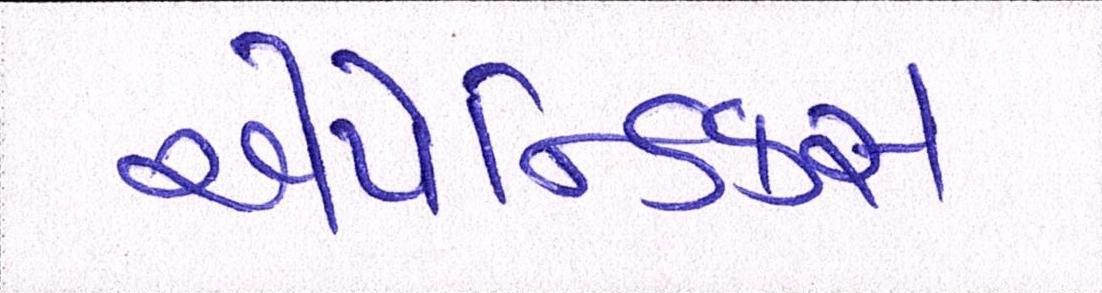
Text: એપેન્ડિક્સ